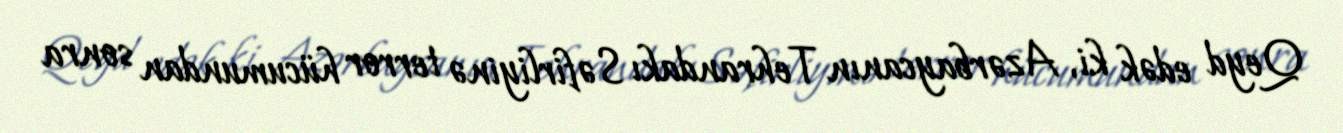
Qeyd edək ki, Azərbaycanın Tehrandakı Səfirliyinə terror hücumundan sonra